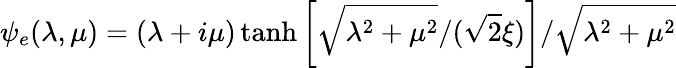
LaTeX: \psi_{e}(\lambda,\mu)=(\lambda+i\mu)\operatorname{tanh}\left[\sqrt{\lambda^{2}+\mu^{2}}/(\sqrt{2}\xi)\right]/\sqrt{\lambda^{2}+\mu^{2}}